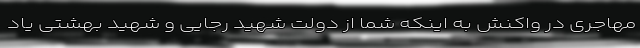
مهاجری در واکنش به اینکه شما از دولت شهید رجایی و شهید بهشتی یاد